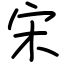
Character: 宋